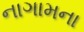
નાગામના